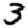
Digit: 3